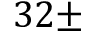
3 2 \pm